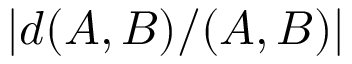
| d ( A , B ) / ( A , B ) |